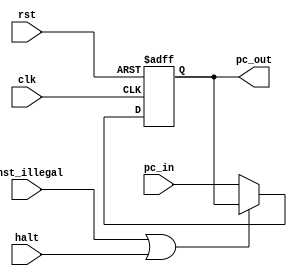
module PC (clk, rst, inst_illegal, halt, pc_in, pc_out);
input clk, rst, inst_illegal, halt;
input [15:0] pc_in;
output [15:0] pc_out;

reg [15:0] pc_out;

always@(posedge clk or negedge rst)begin
	if (!rst)
		pc_out <= 16'd0;
	else if (inst_illegal || halt)
		pc_out <= pc_out;
	else
		pc_out <= pc_in;
	end

endmodule